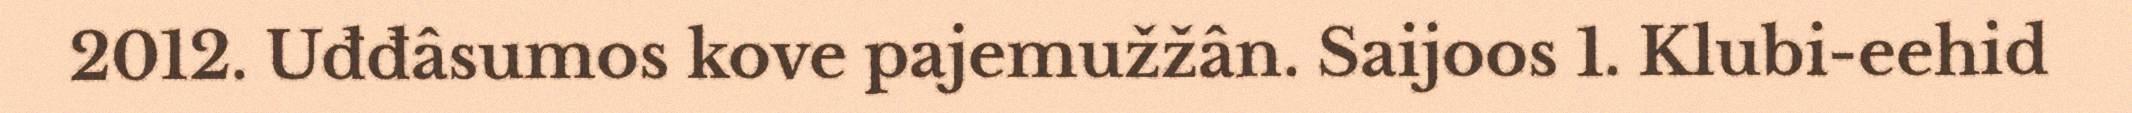
2012. Uđđâsumos kove pajemužžân. Saijoos 1. Klubi-eehid